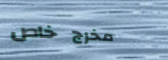
مخرج خاص